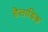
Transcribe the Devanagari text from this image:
हेलाडिक